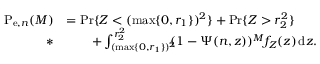
\begin{array} { r l } { \mathrm { P } _ { \mathrm { e } , n } ( M ) } & { = \operatorname* { P r } \{ Z < ( \operatorname* { m a x } \{ 0 , r _ { 1 } \} ) ^ { 2 } \} + \operatorname* { P r } \{ Z > r _ { 2 } ^ { 2 } \} } \\ { * } & { \qquad + \int _ { ( \operatorname* { m a x } \{ 0 , r _ { 1 } \} ) ^ { 2 } } ^ { r _ { 2 } ^ { 2 } } \! \! \! ( 1 - \Psi ( n , z ) ) ^ { M } f _ { Z } ( z ) \, \mathrm { d } z . } \end{array}